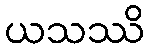
ယသဿိ